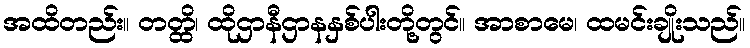
အထိတည်း။ တတ္ထိ၊ ထိုဌာနီဌာနနှစ်ပါးတို့တွင်။ အာစာမေ၊ ထမင်းချိုးသည်။